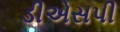
ડીએસપી